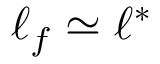
\ell _ { f } \simeq \ell ^ { * }